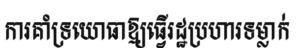
ការគាំទ្រយោធាឱ្យធ្វើរដ្ឋប្រហារទម្លាក់